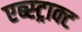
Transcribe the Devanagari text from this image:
एब्स्ट्राक्ट